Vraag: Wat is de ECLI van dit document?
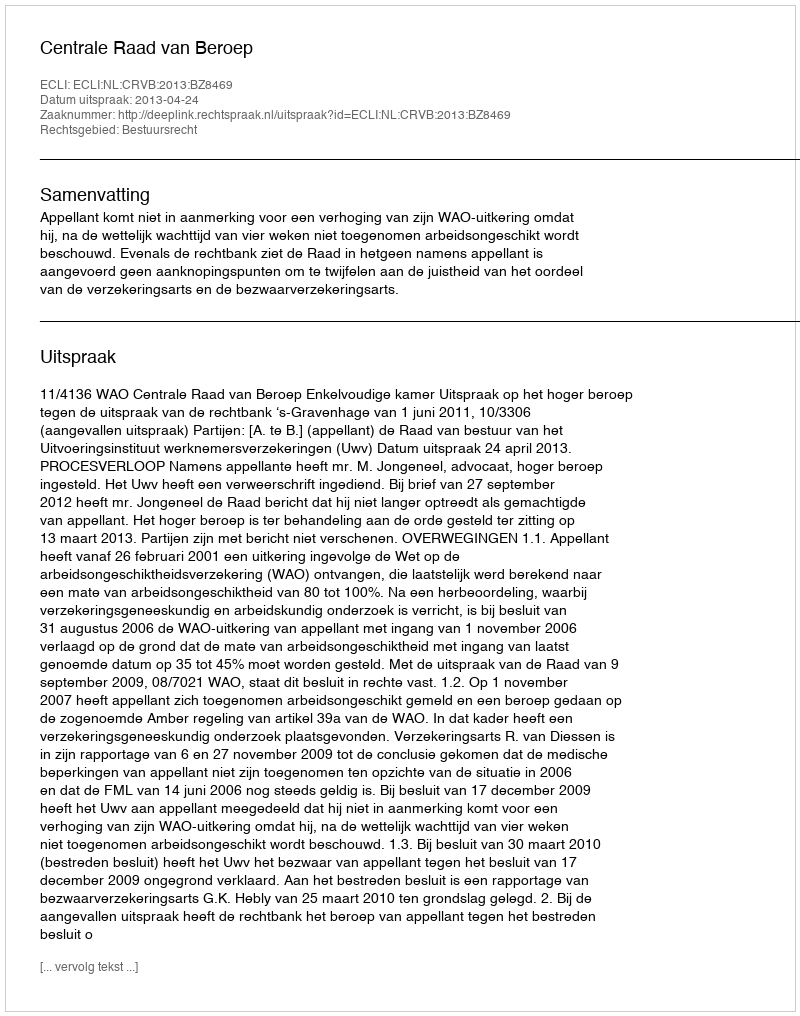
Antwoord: ECLI:NL:CRVB:2013:BZ8469